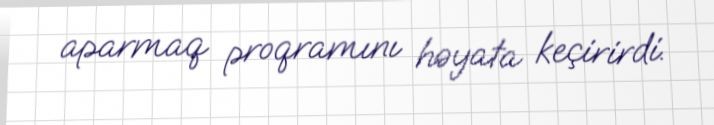
aparmaq proqramını həyata keçirirdi.